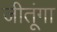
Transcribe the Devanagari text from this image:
जीतूंगा